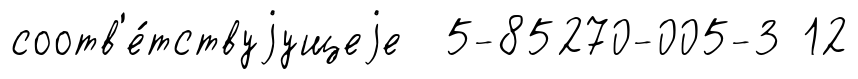
соотв'е́тствуjущеjе 5-85270-005-3 12